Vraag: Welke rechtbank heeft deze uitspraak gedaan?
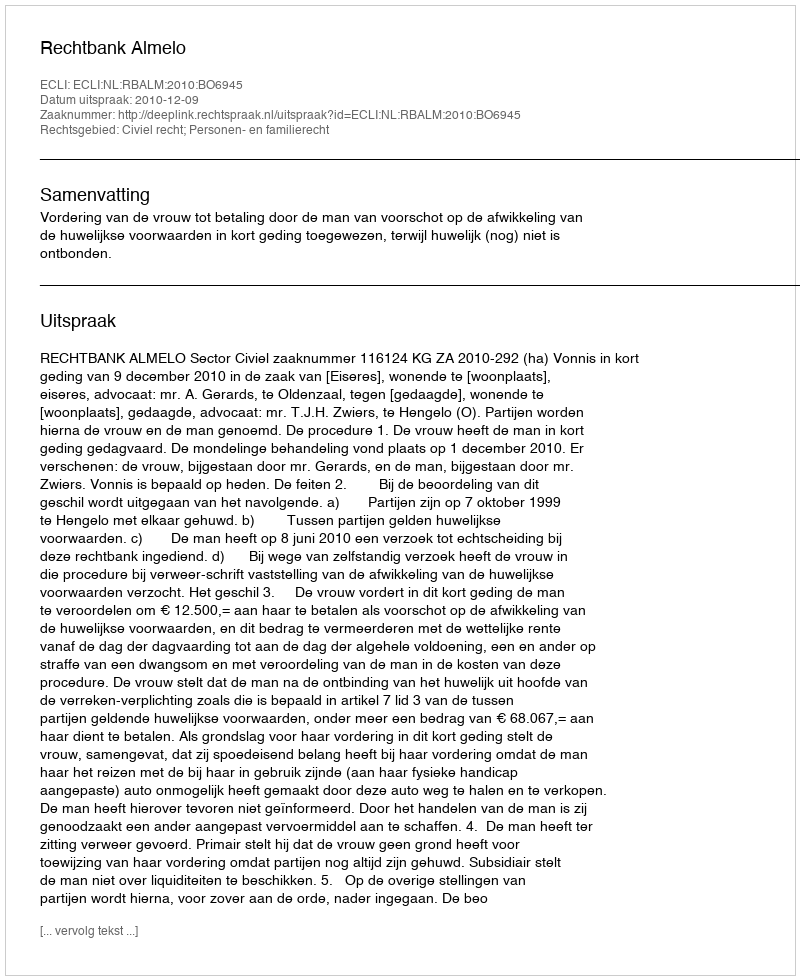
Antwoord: Rechtbank Almelo